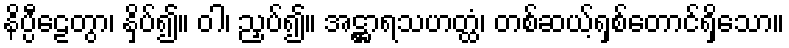
နိပ္ပီဠေတွာ၊ နှိပ်၍။ ဝါ၊ ညှပ်၍။ အဋ္ဌာရသဟတ္ထံ၊ တစ်ဆယ့်ရှစ်တောင်ရှိသော။